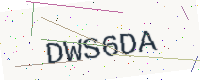
Text: DWS6DA